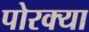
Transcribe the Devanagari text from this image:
पोरक्या